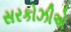
સરકોઝીએ